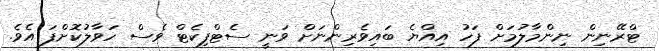
ޓްރޭނިން ނިންމާލުމަށް ފަހު އިއްޔެ ބައިވެރިންނަށް ވަނީ ސެޓްފިކެޓް ވެސް ހަވާލުކޮށްފަ އެވެ.